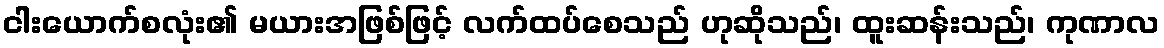
ငါးယောက်စလုံး၏ မယားအဖြစ်ဖြင့် လက်ထပ်စေသည် ဟုဆိုသည်၊ ထူးဆန်းသည်၊ ကုဏာလ